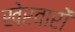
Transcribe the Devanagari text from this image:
खेरवारों